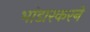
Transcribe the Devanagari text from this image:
भांडारकरने